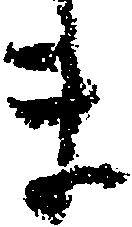
ま